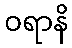
ဝရာနိ